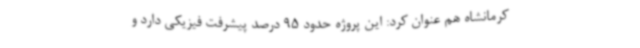
کرمانشاه هم عنوان کرد: این پروژه حدود 95 درصد پیشرفت فیزیکی دارد و